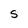
Character: S